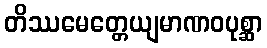
တိဿမေတ္တေယျမာဏဝပုစ္ဆာ